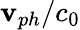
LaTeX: \mathbf{v}_{ph}/c_{0}